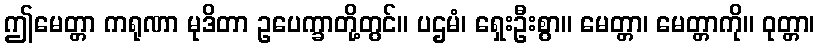
ဤမေတ္တာ ကရုဏာ မုဒိတာ ဥပေက္ခာတို့တွင်။ ပဌမံ၊ ရှေးဦးစွာ။ မေတ္တာ၊ မေတ္တာကို။ ဝုတ္တာ၊